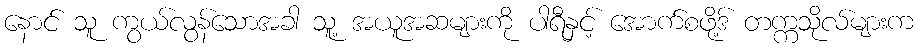
နောင် သူ ကွယ်လွန်သောအခါ သူ့ အယူအဆများကို ပါရီနှင့် အောက်စဖို့ဒ် တက္ကသိုလ်များက